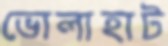
ভোলাহাট